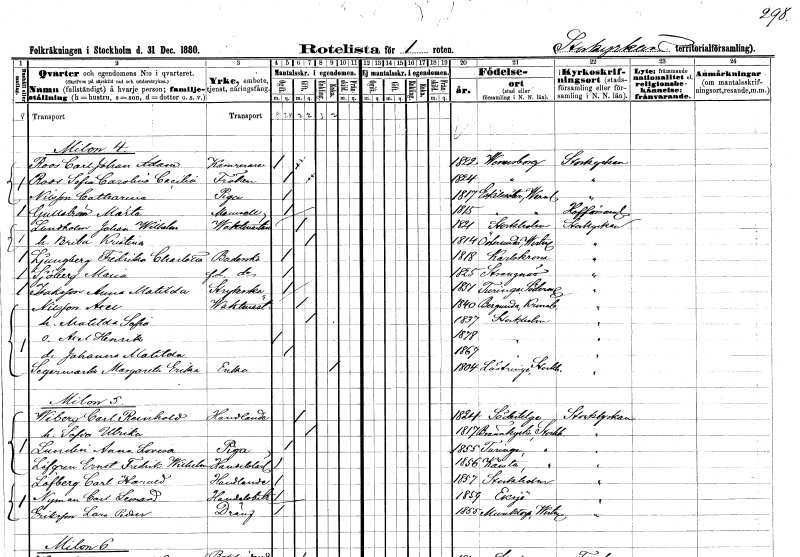
gt_parse: households: individuals: FN: Carl Johan Adam
EN: Roos
YRKE: Kamrerare
KON: M
CIV: O
FODAR: 1822
FODFORS: Vänersborg Älvsborgs län
FN: Sofia Carolina Cecilia
EN: Roos
KON: K
CIV: O
FODAR: 1824
FODFORS: Vänersborg Älvsborgs län
FN: Catharina
EN: Nilsson
YRKE: Piga
KON: K
CIV: O
FODAR: 1817
FODFORS: Eskilsäter Värmlands län
FN: Märta
EN: Gullström
KON: K
CIV: O
FODAR: 1815
FODFORS: Eskilsäter Värmlands län
FN: Johan Wilhelm
EN: Lundholm
YRKE: Vaktmästare
KON: M
CIV: G
FODAR: 1821
FODFORS: Stockholm
FN: Brita Kristina
KON: K
CIV: G
FODAR: 1814
FODFORS: Österunda Uppsala län
FN: Fredrika Charlotta
EN: Ljungberg
YRKE: Baderska
KON: K
CIV: O
FODAR: 1818
FODFORS: Karlskrona Blekinge län
FN: Maria
EN: Sjöberg
YRKE: Baderska f.d.
KON: K
CIV: O
FODAR: 1825
FODFORS: Strängnäs Södermanlands län
FN: Anna Matilda
EN: Isaksson
YRKE: Strykerska
KON: K
CIV: O
FODAR: 1851
FODFORS: Turinge Stockholms län
FN: Axel
EN: Nilsson
YRKE: Vaktmästare
KON: M
CIV: G
FODAR: 1840
FODFORS: Bergunda Kronobergs län
FN: Matilda Sofia
KON: K
CIV: G
FODAR: 1837
FODFORS: Stockholm
FN: Axel Henrik
KON: M
CIV: O
FODAR: 1878
FODFORS: Stockholm
FN: Johanna Matilda
KON: K
CIV: O
FODAR: 1867
FODFORS: Stockholm
FN: Margareta Erika
EN: Segermark
YRKE: Änka
KON: K
CIV: E
FODAR: 1804
FODFORS: Lästringe Södermanlands län
FN: Carl Reinhold
EN: Wiberg
YRKE: Handlande
KON: M
CIV: G
FODAR: 1824
FODFORS: Södertälje Stockholms län
FN: Sofia Ulrika
KON: K
CIV: G
FODAR: 1817
FODFORS: Brännkyrka Stockholms län
FN: Anna Lovisa
EN: Lundin
YRKE: Piga
KON: K
CIV: O
FODAR: 1855
FODFORS: Turinge Stockholms län
FN: Ernst Fredrik Wilhelm
EN: Löfgren
YRKE: Handelselev
KON: M
CIV: O
FODAR: 1856
FODFORS: Kårsta Stockholms län
FN: Carl Horned
EN: Löfberg
YRKE: Handlande
KON: M
CIV: O
FODAR: 1857
FODFORS: Stockholm
FN: Carl Leonard
EN: Nyman
YRKE: Handelsbiträde
KON: M
CIV: O
FODAR: 1859
FODFORS: Eksjö Jönköpings län
FN: Lars Petter
EN: Eriksson
YRKE: Dräng
KON: M
CIV: O
FODAR: 1855
FODFORS: Munktorp Västmanlands län